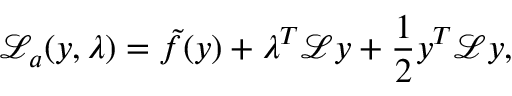
\mathcal { L } _ { a } ( y , \lambda ) = \tilde { f } ( y ) + \lambda ^ { T } \mathcal { L } y + \frac { 1 } { 2 } y ^ { T } \mathcal { L } y ,